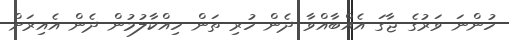
ހުންނަ ވަރުގެ ޖާގަ އެއްބާއްވާ ދެން ހުރި ތަން ހިއްކާލުމުން ދެން އެއިރަށް